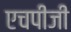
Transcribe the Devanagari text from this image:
एचपीजी